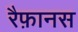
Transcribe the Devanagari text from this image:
रैफ़ानस